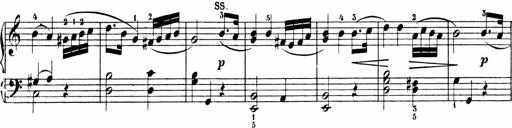
Title: 6 Sonatinas
Composer: Carl Reinecke